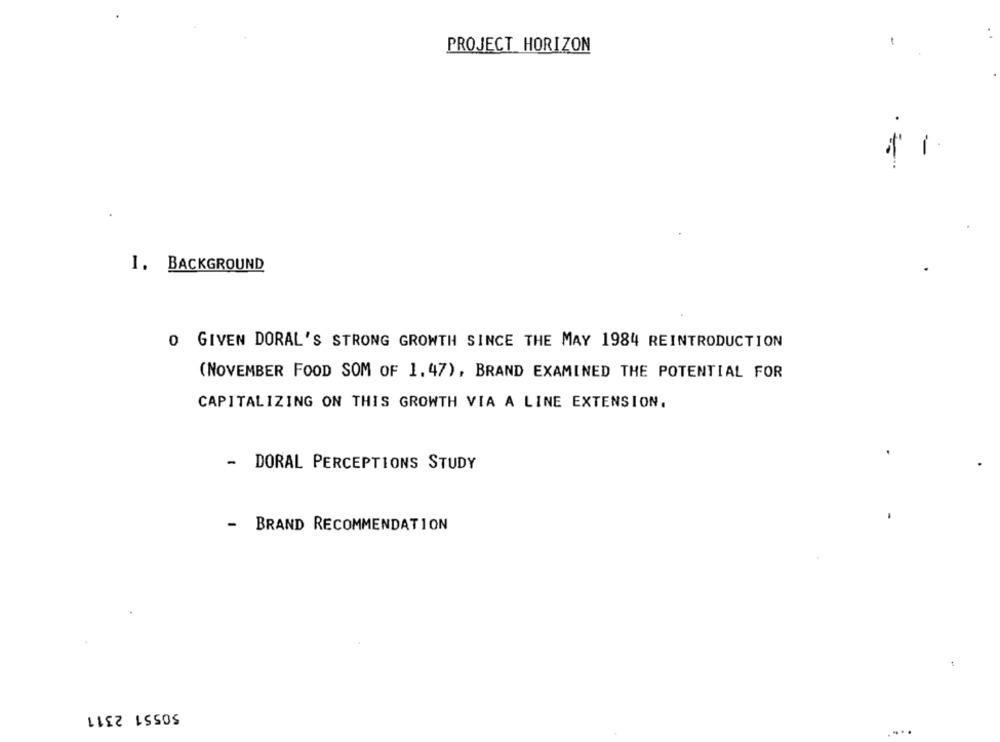
:
-
PROJECT HORIZON
1. BACKGROUND
O GIVEN DORAL'S STRONG GROWTH SINCE THE MAY 1984 REINTRODUCTION
(NOVEMBER FOOD SOM OF 1. 47), BRAND EXAMINED THE POTENTIAL FOR
CAPITALIZING ON THIS GROWTH VIA A LINE EXTENSION.
- DORAL PERCEPTIONS STUDY
-
BRAND RECOMMENDATION
50551 2311
..